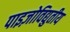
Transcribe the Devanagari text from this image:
पाइज़ोविद्युतीय